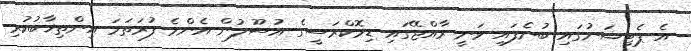
އެ ޕެޓިޝަނުގައި ބުނެފައި ވަނީ ރާއްޖޭގައި ޑިމޮކްރަސީގެ އުސޫލުން އެންމެ ފުރަތަމަ އިންތިޚާބުކުރި